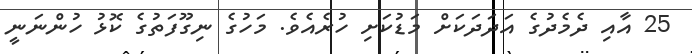
25 އާއި ދެމެދުގެ އަދަދަކަށް މަޑުކަށި ހުރެއެވެ. މަހުގެ ނިގޫފަތުގެ ކޮޅު ހުންނަނީ